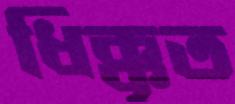
ধিক্কৃত